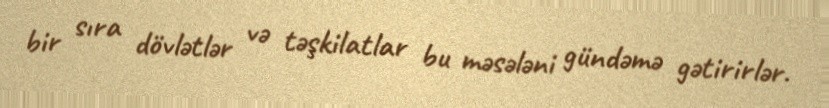
bir sıra dövlətlər və təşkilatlar bu məsələni gündəmə gətirirlər.